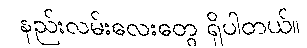
နည်းလမ်းလေးတွေ ရှိပါတယ်။